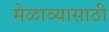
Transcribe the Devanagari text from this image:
मेळाव्यासाठी